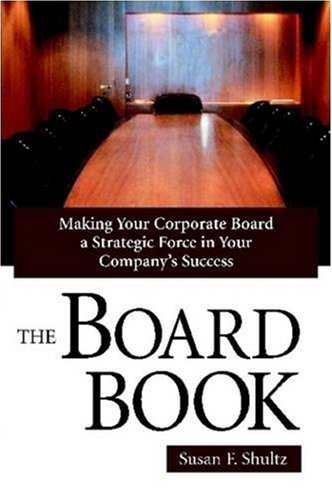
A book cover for The Board Book; Susan F. Shultz; Business & Money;